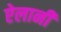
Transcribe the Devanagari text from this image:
ऐलानी